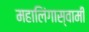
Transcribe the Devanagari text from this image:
महालिंगास्वामी